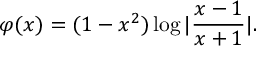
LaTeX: \varphi ( x ) = ( 1 - x ^ { 2 } ) \log | \frac { x - 1 } { x + 1 } | .